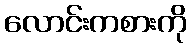
လောင်းကစားကို